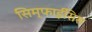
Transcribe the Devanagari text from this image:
सिम्फाईसिस